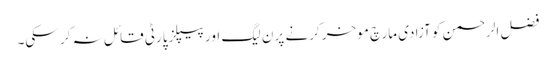
فضل الرحمن کو آزادی مارچ موخر کرنے پر ن لیگ اور پیپلزپارٹی قائل نہ کر سکی۔